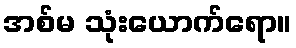
အစ်မ သုံးယောက်ရော။